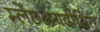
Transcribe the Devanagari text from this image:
म्लेंछक्षयदीक्षित